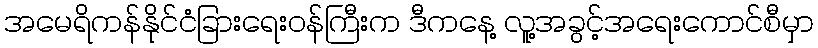
အမေရိကန်နိုင်ငံခြားရေးဝန်ကြီးက ဒီကနေ့ လူ့အခွင့်အရေးကောင်စီမှာ